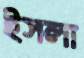
ইসলা